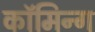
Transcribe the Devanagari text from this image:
कॉमिन्ग